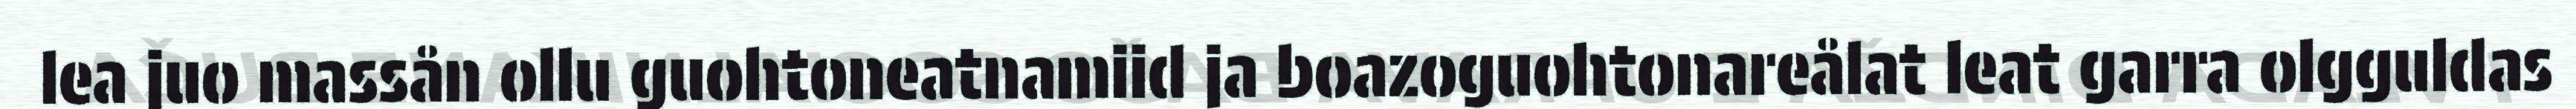
lea juo massån ollu guohtoneatnamiid ja boazoguohtonareålat leat garra olgguldas